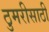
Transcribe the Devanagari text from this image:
ठुमरीसाठी